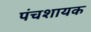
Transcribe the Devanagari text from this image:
पंचशायक